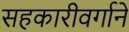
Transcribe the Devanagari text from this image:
सहकारीवर्गाने